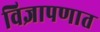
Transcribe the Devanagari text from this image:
विज्ञापणात